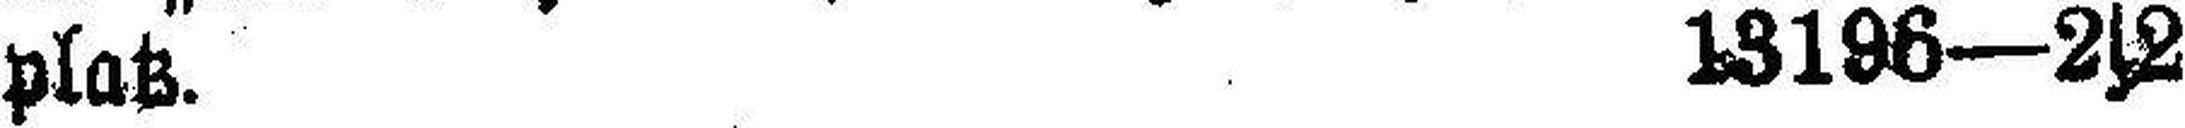
platz. 13196—2s2